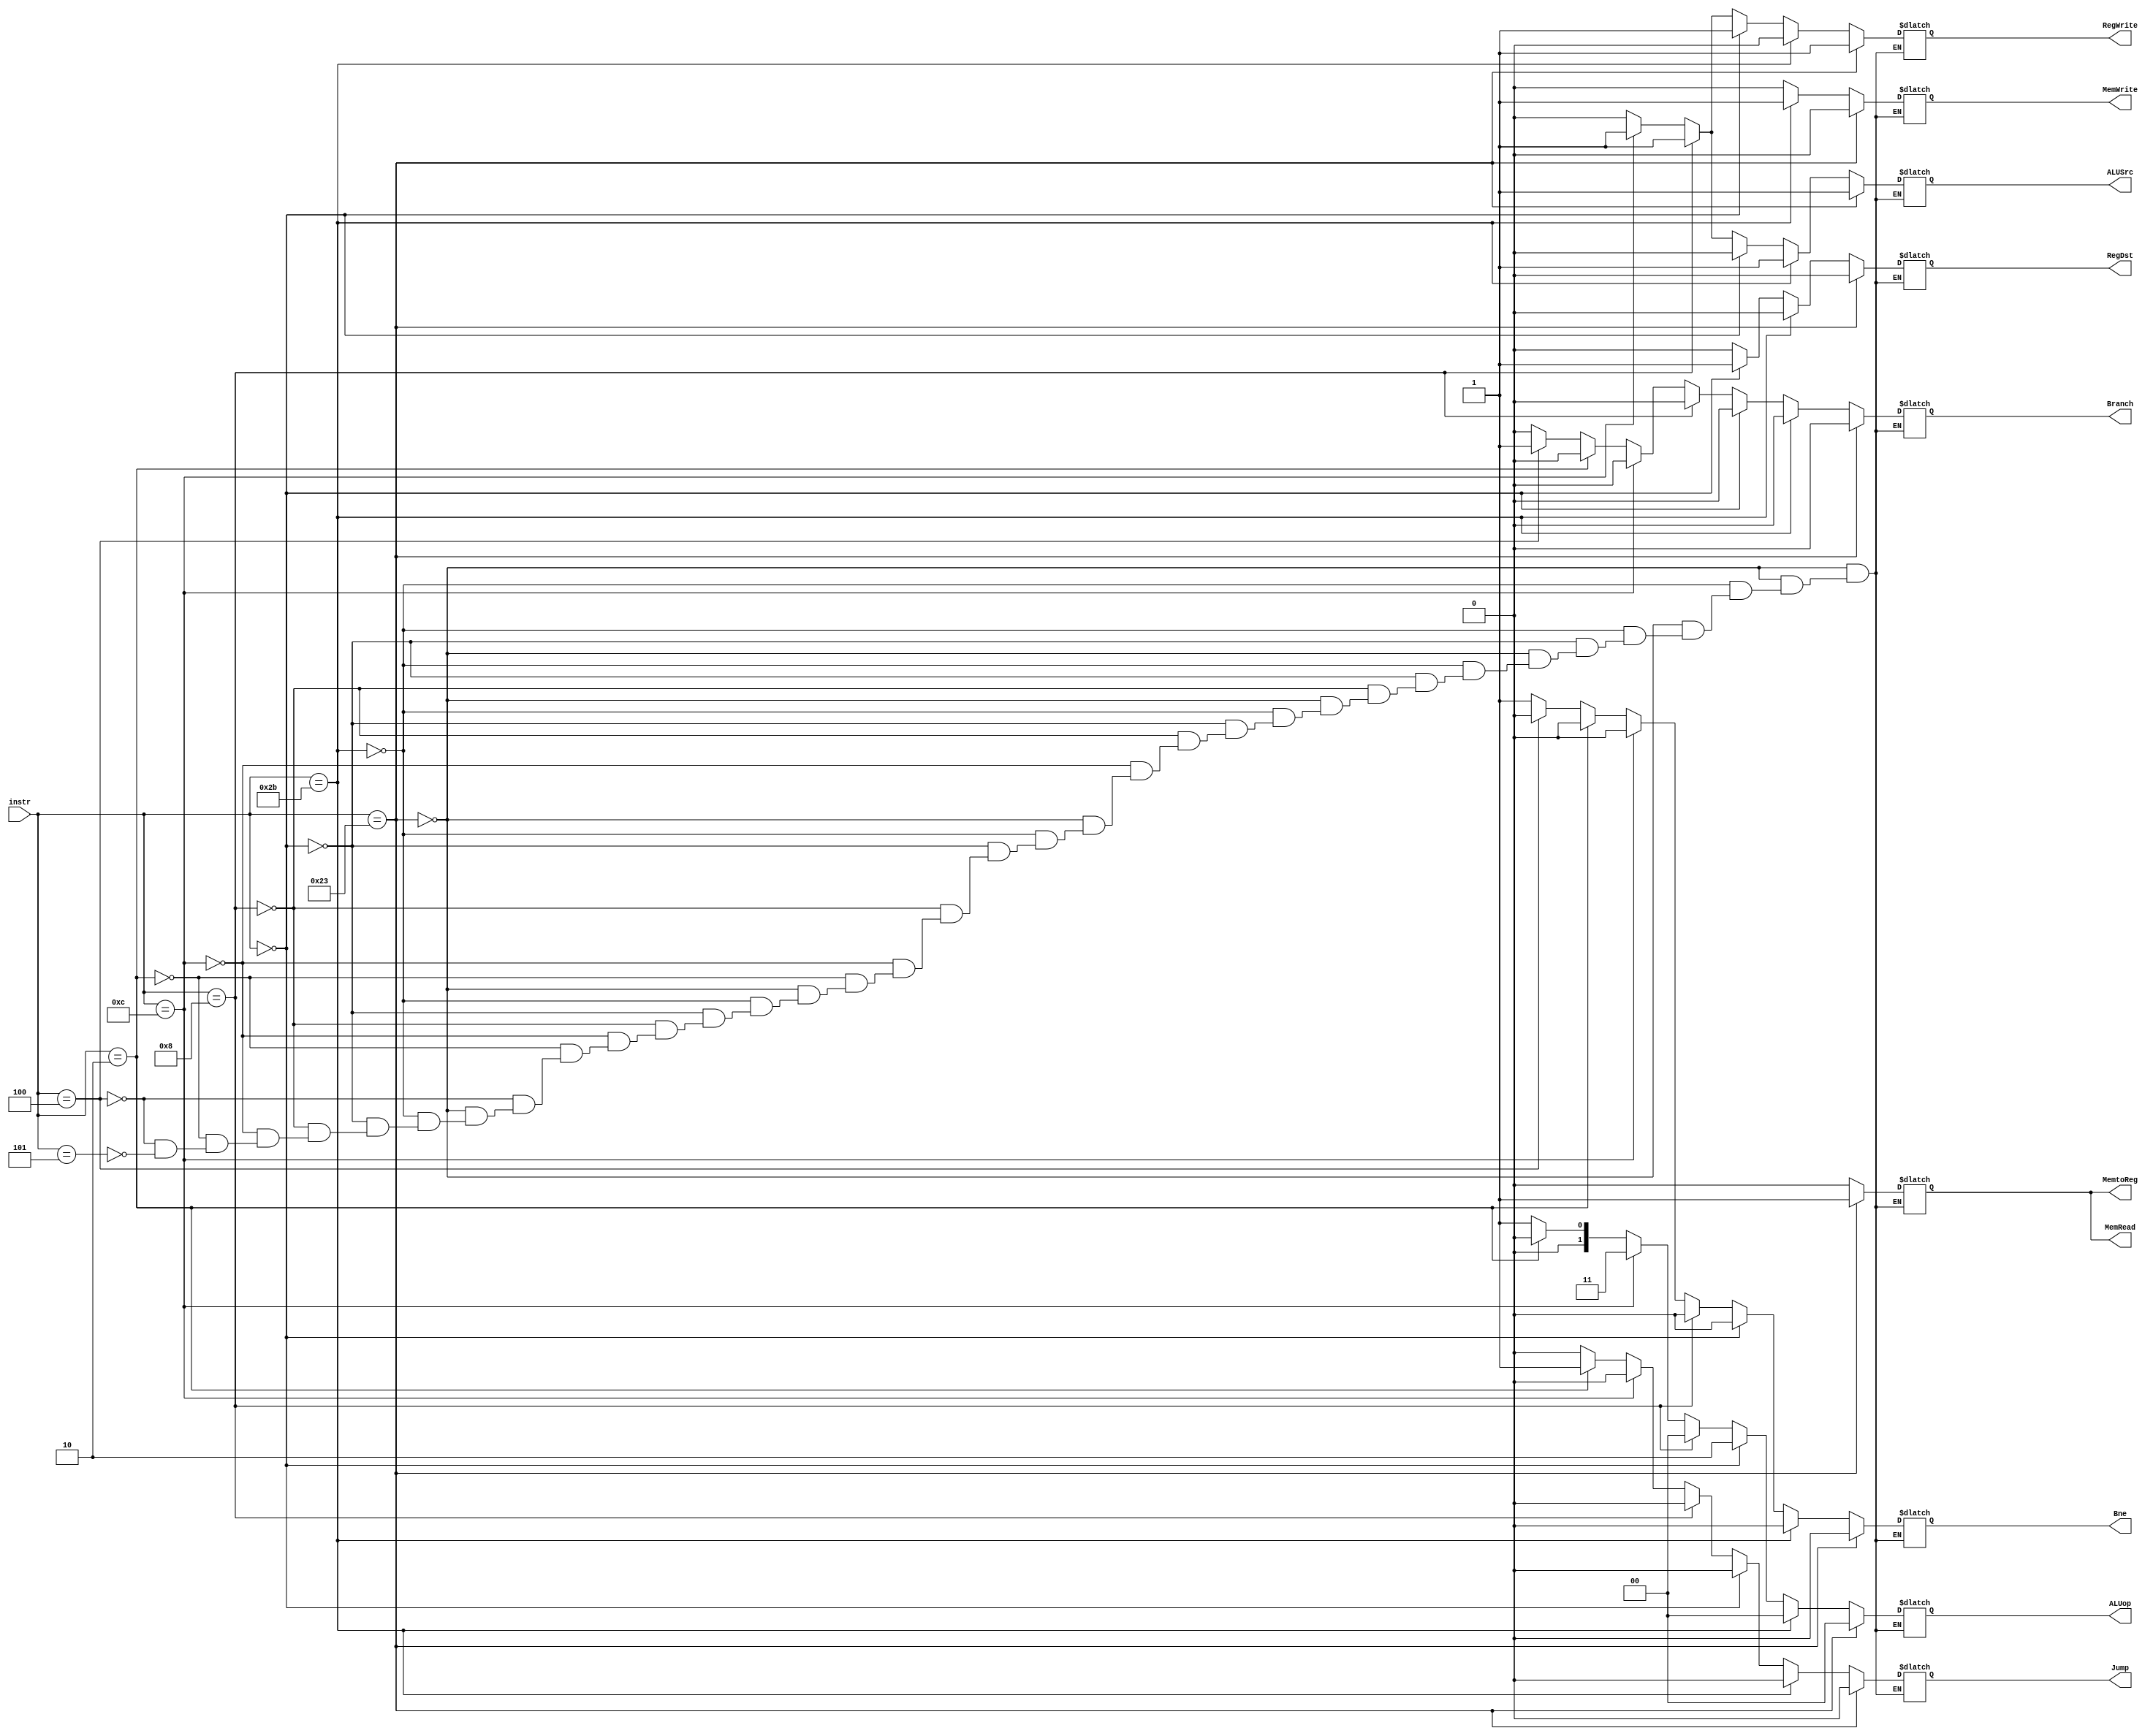
`timescale 1ns / 1ps
//////////////////////////////////////////////////////////////////////////////////
// Company: 
// Engineer: 
// 
// Design Name: 
// Module Name: Control
// Project Name: 
// Target Devices: 
// Tool Versions: 
// Description: 
// 
// Dependencies: 
// 
// Revision:
// Revision 0.01 - File Created
// Additional Comments:
// 
//////////////////////////////////////////////////////////////////////////////////


module Control(instr,RegDst,Jump,Branch,MemRead,MemtoReg,ALUop,MemWrite,ALUSrc,RegWrite,Bne);
input[5:0]instr;
output RegDst,Jump,Branch,MemRead,MemtoReg,MemWrite,ALUSrc,RegWrite,Bne;
output reg [1:0]ALUop;
reg RegDst=0,Jump=0,Branch=0,MemRead=0,MemtoReg=0,MemWrite=0,ALUSrc=0,RegWrite=0,Bne=0;
always @(*)begin
if (instr==6'b100011) begin //lw
RegDst=0;Jump=0;Branch=0;MemRead=1;MemtoReg=1;
ALUop=2'b00;MemWrite=0;ALUSrc=1;RegWrite=1;Bne=0;
end 
else if (instr==6'b101011) begin //sw
RegDst=0;Jump=0;Branch=0;MemRead=0;MemtoReg=0;
ALUop=2'b00;MemWrite=1;ALUSrc=1;RegWrite=0;Bne=0;
end 
else if (instr==6'b000000) begin //add,sub,and,or,slt
RegDst=1;Jump=0;Branch=0;MemRead=0;MemtoReg=0;
ALUop=2'b10;MemWrite=0;ALUSrc=0;RegWrite=1;Bne=0;
end
else if (instr==6'b001000) begin //addi
RegDst=0;Jump=0;Branch=0;MemRead=0;MemtoReg=0;
ALUop=2'b00;MemWrite=0;ALUSrc=1;RegWrite=1;Bne=0;
end
else if (instr==6'b001100) begin //andi
RegDst=0;Jump=0;Branch=0;MemRead=0;MemtoReg=0;
ALUop=2'b11;MemWrite=0;ALUSrc=1;RegWrite=1;Bne=0;
end
else if (instr==6'b000010) begin //jump
RegDst=0;Jump=1;Branch=0;MemRead=0;MemtoReg=0;
ALUop=2'b00;MemWrite=0;ALUSrc=0;RegWrite=0;Bne=0;
end
else if (instr==6'b000100) begin //beq
RegDst=0;Jump=0;Branch=1;MemRead=0;MemtoReg=0;
ALUop=2'b01;MemWrite=0;ALUSrc=0;RegWrite=0;Bne=0;
end
else if (instr==6'b000101) begin //bne
RegDst=0;Jump=0;Branch=0;MemRead=0;MemtoReg=0;
ALUop=2'b01;MemWrite=0;ALUSrc=0;RegWrite=0;Bne=1;
end
end
endmodule